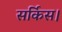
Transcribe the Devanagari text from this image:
सर्किस।